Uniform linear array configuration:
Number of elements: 64
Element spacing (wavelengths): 0.75
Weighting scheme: hann
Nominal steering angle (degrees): -15
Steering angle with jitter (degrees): -15.482
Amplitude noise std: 0.05
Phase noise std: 0.05

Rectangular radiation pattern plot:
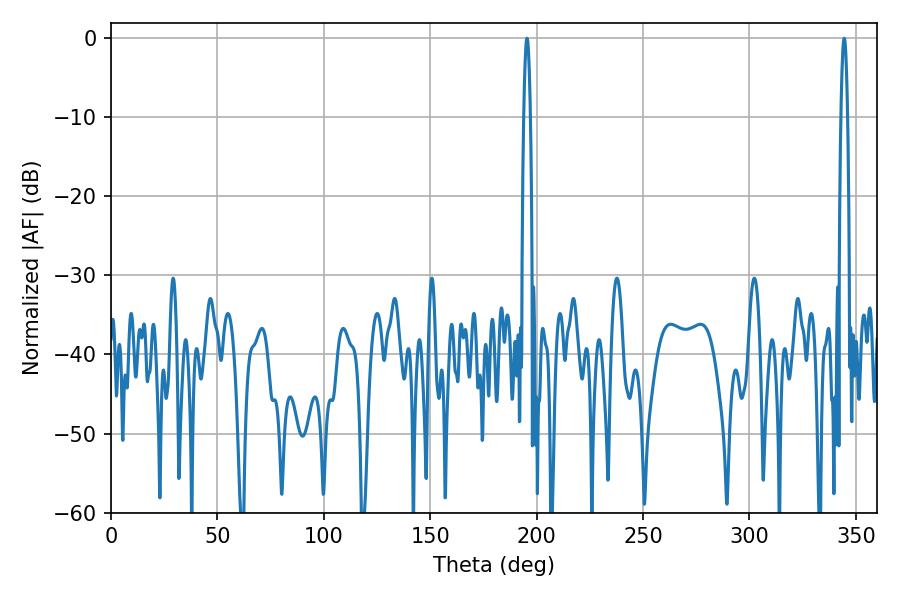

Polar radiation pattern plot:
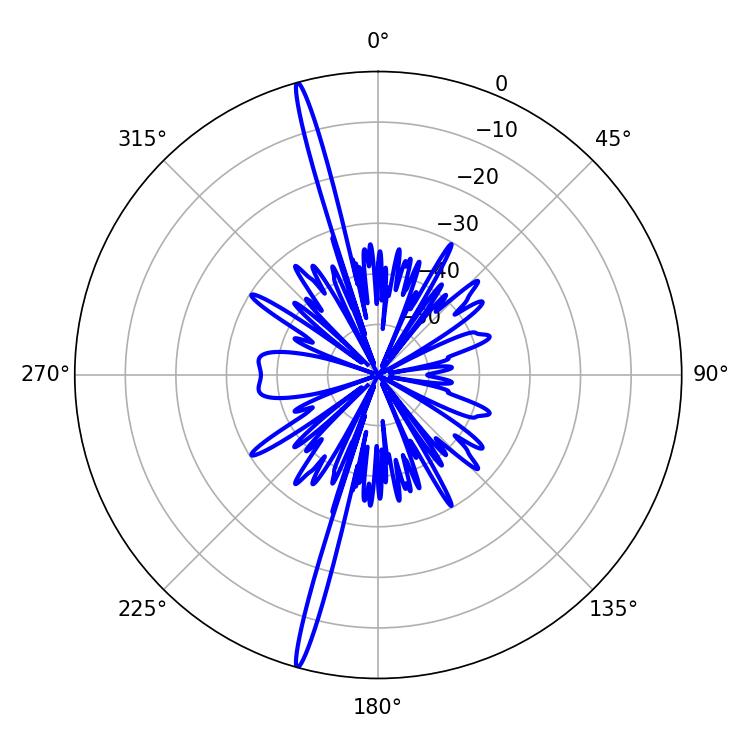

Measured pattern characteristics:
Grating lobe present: TRUE
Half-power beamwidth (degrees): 1.8
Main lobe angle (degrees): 195.48